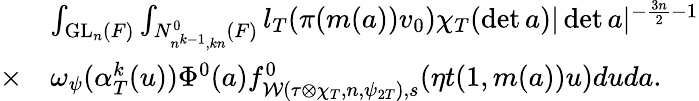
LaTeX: \begin{array}{rl}&{\int_{\mathrm{GL}_{n}(F)}\int_{N_{n^{k-1},kn}^{0}(F)}l_{T}(\pi(m(a))v_{0})\chi_{T}(\operatorname*{det}a)|\operatorname*{det}a|^{-\frac{3n}{2}-1}}\\ {\times}&{\omega_{\psi}(\alpha_{T}^{k}(u))\Phi^{0}(a)f_{\mathcal{W}(\tau\otimes\chi_{T},n,\psi_{2T}),s}^{0}(\eta t(1,m(a))u)duda.}\end{array}